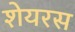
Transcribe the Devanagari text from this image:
शेयरस